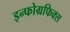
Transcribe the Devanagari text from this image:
इन्फोग्रफिक्स